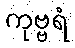
ကုဗ္ဗရံ